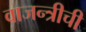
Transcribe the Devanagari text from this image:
वाजन्त्रीची